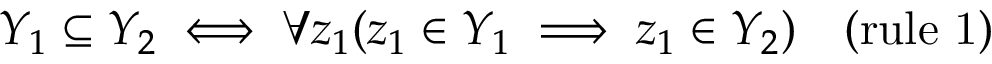
Y _ { 1 } \subseteq Y _ { 2 } \iff \forall z _ { 1 } ( z _ { 1 } \in Y _ { 1 } \implies z _ { 1 } \in Y _ { 2 } ) \quad { \mathrm { ( r u l e ~ 1 ) } }